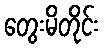
တွေးမိတိုင်း